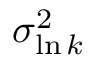
\sigma _ { \ln k } ^ { 2 }